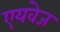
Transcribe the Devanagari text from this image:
एयवेज